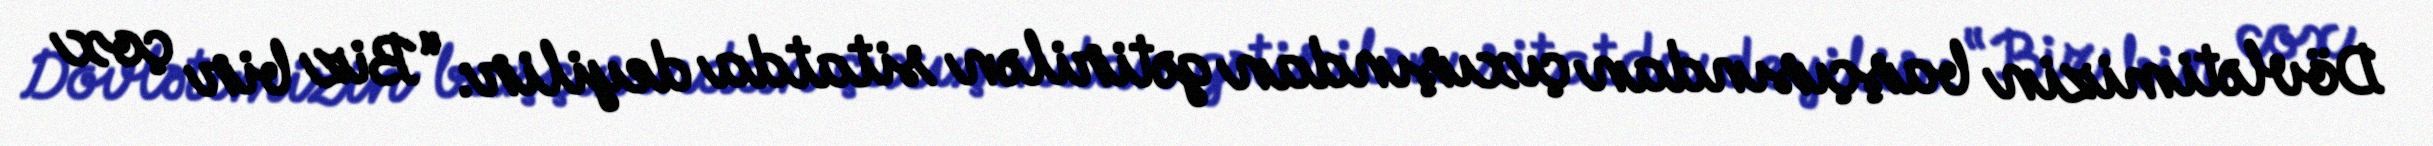
Dövlətimizin başçısından çıxışından gətirilən sitatda deyilir: “Biz bir çox